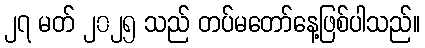
၂၇ မတ် ၂၀၂၅ သည် တပ်မတော်နေ့ဖြစ်ပါသည်။